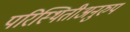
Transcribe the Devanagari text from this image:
परिस्थितीअनुरुप